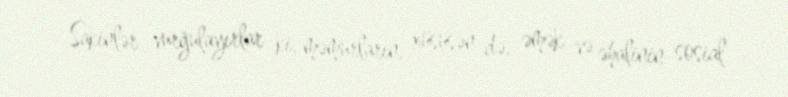
Sakinlər vurğulayırlar ki, məmurların, xüsusən də, əmək və əhalinin sosial